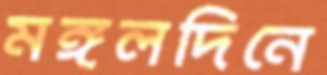
মঙ্গলদিনে